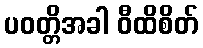
ပဝတ္တိအခါ ဝီထိစိတ်